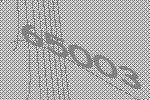
65003